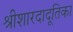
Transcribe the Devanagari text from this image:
श्रीशारदादूतिका